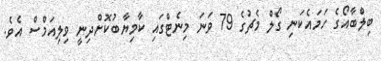
ބިލްބާއޯގެ ހަމައެކަނި ގޯލް މެޗުގެ 79 ވަނަ މިނެޓްގައި ކާމިޔާބުކޮށްދިނީ ވިލިއަމްސް އެވެ.